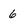
Character: 6